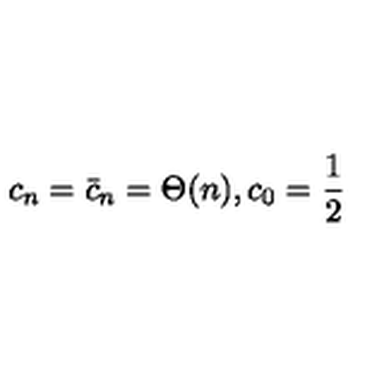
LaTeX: c _ { n } = \bar { c } _ { n } = \Theta ( n ) , c _ { 0 } = { \frac { 1 } { 2 } }